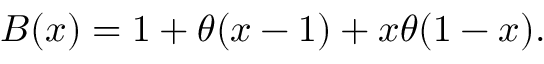
B ( x ) = 1 + \theta ( x - 1 ) + x \theta ( 1 - x ) .